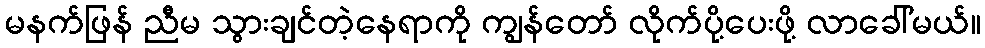
မနက်ဖြန် ညီမ သွားချင်တဲ့နေရာကို ကျွန်တော် လိုက်ပို့ပေးဖို့ လာခေါ်မယ်။